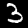
Digit: 3